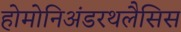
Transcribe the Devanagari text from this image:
होमोनिअंडरथलैसिस